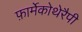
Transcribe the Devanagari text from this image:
फ़ार्मेकोथेरैपी